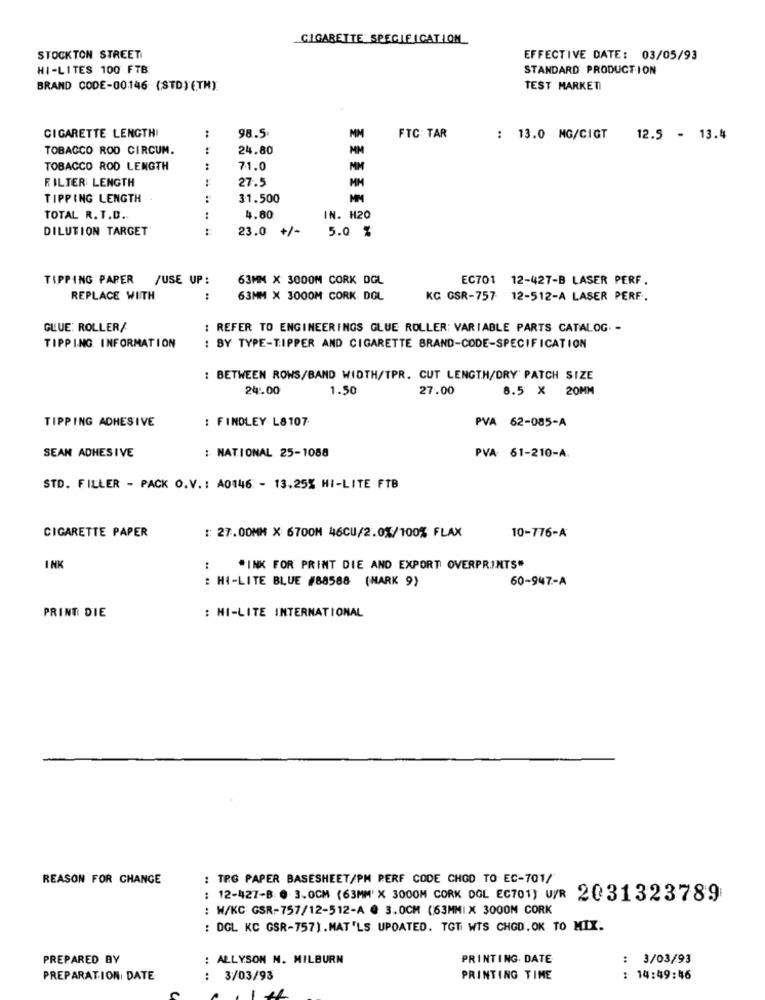
CIGARETTE SPECIFICATION
STOCKTON STREET
EFFECTIVE DATE: 03/05/93
HI-LITES 100 FTB
STANDARD PRODUCTION
BRAND CODE-00146 (STD) (TH)
TEST MARKETI
:
98.5
CIGARETTE LENGTHI
FTC TAR
: 13.0 MG/CIGT
12.5 - 13.4
TOBACCO ROD CIRCUM.
24.80
MM
TOBACCO ROD LENGTH
:
71.0
MM
FILTER LENGTH
27.5
MM
TIPPING LENGTH
:
31.500
TOTAL R. T.D ..
:
4.80
IN. H20
DILUTION TARGET
23.0
+/-
5.0 %
TIPPING PAPER /USE UP:
63MM X 3000M CORK DGL
EC701 12-427-B LASER PERF.
REPLACE WITH
:
63MM X 3000M CORK DOL
KG GSR-757- 12-512-A LASER PERF.
GLUE: ROLLER/
: REFER TO ENGINEERINGS GLUE ROLLER: VARIABLE PARTS CATALOG. -
TIPPING INFORMATION
: BY TYPE-TIPPER AND CIGARETTE BRAND-CODE-SPECIFICATION
: BETWEEN ROWS/BAND WIDTH/TPR. CUT LENGTH/DRY PATCH SIZE
24:00
1.50
27.00
8.5 × 20MM
TIPPING ADHESIVE
: FINDLEY L8107
PVA 62-085-A
: NATIONAL 25-1088
SEAN ADHESIVE
PVA 61-210-A
STD. FILLER - PACK O.V .: A0146 - 13.25% HI-LITE FTB
CIGARETTE PAPER
: 27.00MM X 6700M 46CU/2.0%/100% FLAX
10-776-A
INK
:
*INK FOR PRINT DIE AND EXPORT OVERPRINTS"
: HI-LITE BLUE #88588 (MARK 9)
60-947-A
: HI-LITE INTERNATIONAL
PRINT DIE
REASON FOR CHANGE
: TRG PAPER BASESHEET/PM PERF CODE CHOD TO EC-701/
: 12-427-B @ 3.0CM (63MM X 3000M CORK DOL EC701) U/R 2031323789
: W/KC GSR-757/12-512-A @ 3.0CM (63MMI X 3000M CORK
: DGL KC GSR-757).MAT'LS UPDATED. TGT WTS CHOD.OK TO MIX.
PREPARED BY
: ALLYSON N. MILBURN
PRINTING. DATE
: 3/03/93
PREPARATION DATE
: 3/03/93
PRINTING TIME
: 14:49:46